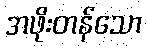
အဖိုးတန်သော